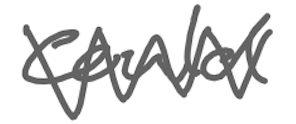
Text: could
Cross-out: zig-zag
Writing tool: digital_gray